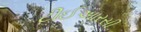
ટીઈઆરસી